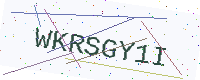
Text: WKRSGY1I